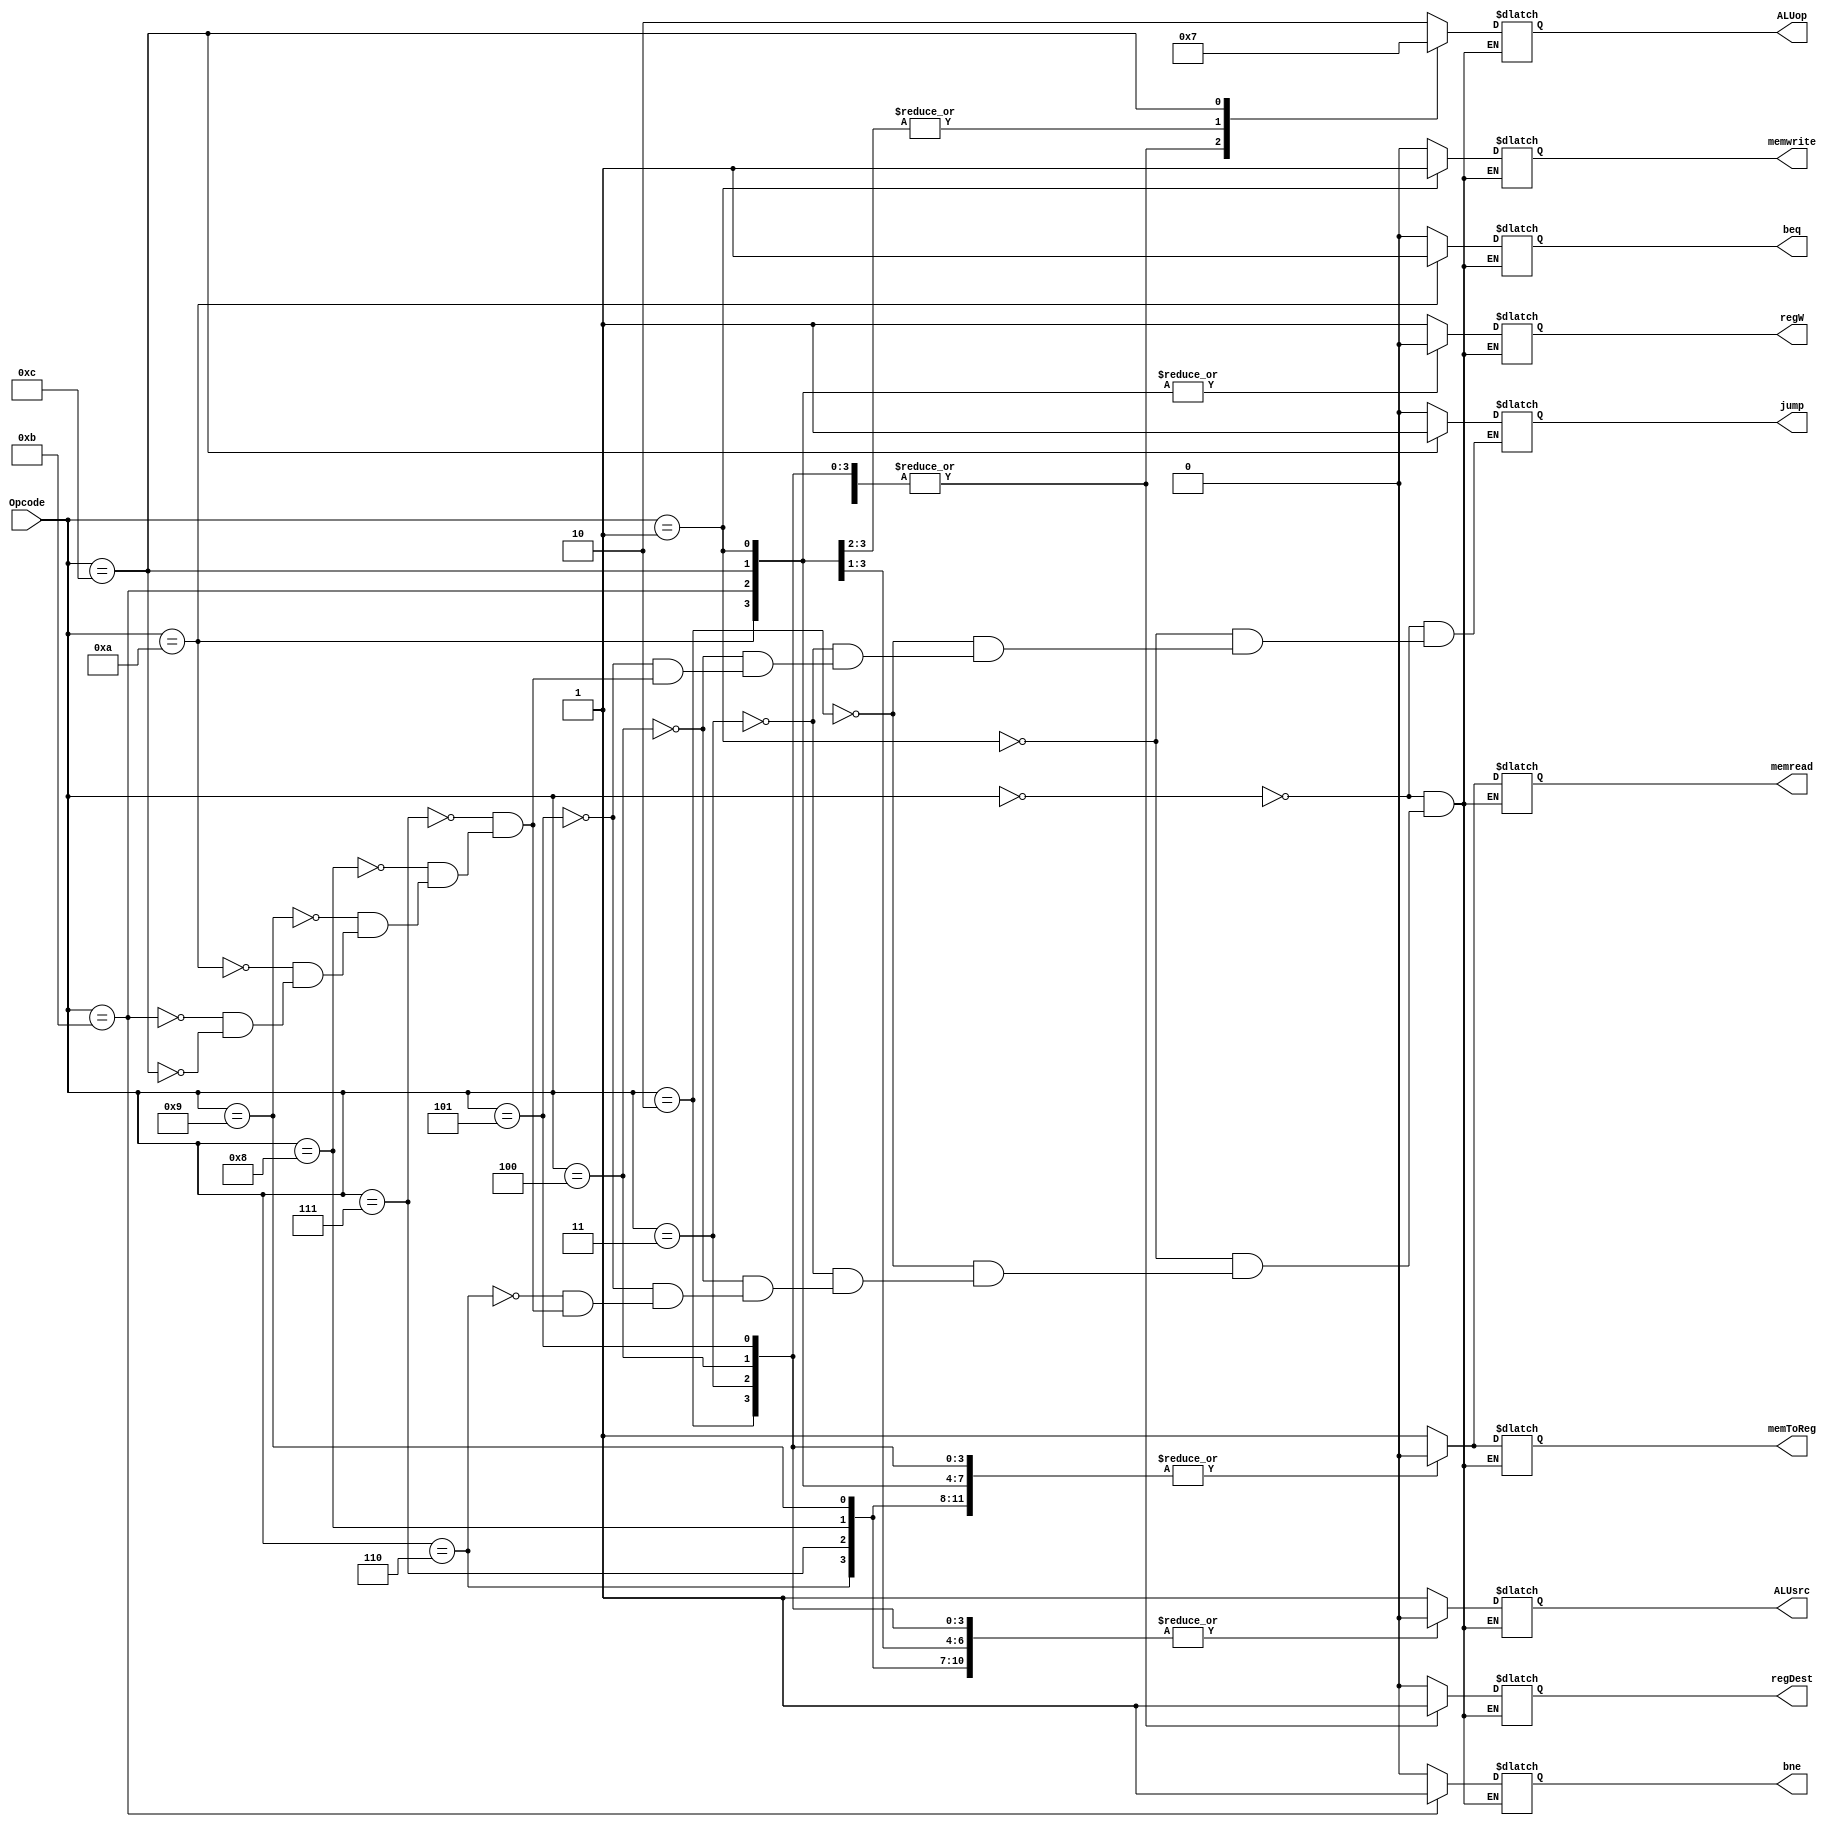
module ControlUnit(Opcode, ALUop, regDest, regW, ALUsrc, memread, memwrite, memToReg, bne, beq, jump);
	input [3:0] Opcode;
	output reg [1:0] ALUop;
	output reg regDest, regW, ALUsrc, memread, memwrite, memToReg, bne, beq, jump;
	
	always @(*) begin
		case(Opcode)
			4'b0000: begin //lw
				ALUop <= 2'b10;
				regDest <= 0;
				regW <= 1;
				ALUsrc <= 1;
				memread <= 1;
				memwrite <= 0;
				memToReg <= 1;
				bne <= 0;
				beq <= 0;
				jump = 0;
			end
			4'b0001: begin //sw
				ALUop <= 2'b10;
				regDest <= 0;
				regW <= 0;
				ALUsrc <= 1;
				memread <= 0;
				memwrite <= 1;
				memToReg <= 0;
				bne <= 0;
				beq <= 0;
				jump = 0;
			end
			4'b0010: begin //add
				ALUop <= 2'b00;
				regDest <= 1;
				regW <= 1;
				ALUsrc <= 0;
				memread <= 0;
				memwrite <= 0;
				memToReg <= 0;
				bne <= 0;
				beq <= 0;
				jump = 0;
			end
			4'b0011: begin //sub
				ALUop <= 2'b00;
				regDest <= 1;
				regW <= 1;
				ALUsrc <= 0;
				memread <= 0;
				memwrite <= 0;
				memToReg <= 0;
				bne <= 0;
				beq <= 0;
				jump = 0;
			end
			4'b0100: begin //sll
				ALUop <= 2'b00;
				regDest <= 1;
				regW <= 1;
				ALUsrc <= 0;
				memread <= 0;
				memwrite <= 0;
				memToReg <= 0;
				bne <= 0;
				beq <= 0;
				jump = 0;
			end
			4'b0101: begin //srl
				ALUop <= 2'b00;
				regDest <= 1;
				regW <= 1;
				ALUsrc <= 0;
				memread <= 0;
				memwrite <= 0;
				memToReg <= 0;
				bne <= 0;
				beq <= 0;
				jump = 0;
			end
			4'b0110: begin //and
				ALUop <= 2'b00;
				regDest <= 1;
				regW <= 1;
				ALUsrc <= 0;
				memread <= 0;
				memwrite <= 0;
				memToReg <= 0;
				bne <= 0;
				beq <= 0;
			end
			4'b0111: begin //or
				ALUop <= 2'b00;
				regDest <= 1;
				regW <= 1;
				ALUsrc <= 0;
				memread <= 0;
				memwrite <= 0;
				memToReg <= 0;
				bne <= 0;
				beq <= 0;
				jump = 0;
			end
			4'b1000: begin //xor
				ALUop <= 2'b00;
				regDest <= 1;
				regW <= 1;
				ALUsrc <= 0;
				memread <= 0;
				memwrite <= 0;
				memToReg <= 0;
				bne <= 0;
				beq <= 0;
				jump = 0;
			end
			4'b1001: begin //not
				ALUop <= 2'b00;
				regDest <= 1;
				regW <= 1;
				ALUsrc <= 0;
				memread <= 0;
				memwrite <= 0;
				memToReg <= 0;
				bne <= 0;
				beq <= 0;
				jump = 0;
			end
			4'b1010: begin //beq
				ALUop <= 2'b01;
				regDest <= 0;
				regW <= 0;
				ALUsrc <= 0;
				memread <= 0;
				memwrite <= 0;
				memToReg <= 0;
				bne <= 0;
				beq <= 1;
				jump = 0;
			end
			4'b1011: begin //bne
				ALUop <= 2'b01;
				regDest <= 0;
				regW <= 0;
				ALUsrc <= 0;
				memread <= 0;
				memwrite <= 0;
				memToReg <= 0;
				bne <= 1;
				beq <= 0;
				jump = 0;
			end
			4'b1100: begin //jump
				ALUop <= 2'b11;
				regDest <= 0;
				regW <= 0;
				ALUsrc <= 0;
				memread <= 0;
				memwrite <= 0;
				memToReg <= 0;
				bne <= 0;
				beq <= 0;
				jump = 1;
			end
		endcase
	end
endmodule